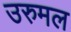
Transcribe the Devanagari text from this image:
उरुमल